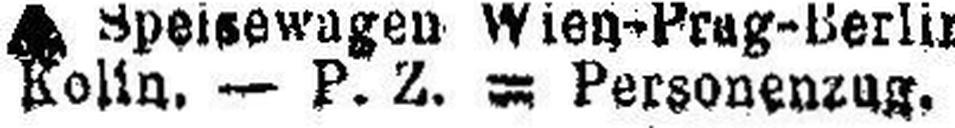
Kolin, — P.Z. = Personenzug.